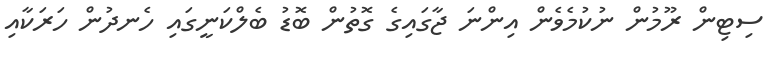
ސިޓިން ރޫމުން ނުކުމެވެން އިންނަ ޖާގައިގެ ގޮތުން ބޮޑު ބެލްކަނީގައި ހެނދުން ހަރަކާއި